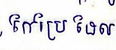
កែប្រែដែល